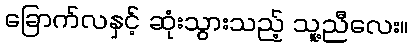
ခြောက်လနှင့် ဆုံးသွားသည့် သူ့ညီလေး။